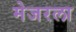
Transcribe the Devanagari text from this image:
मेजरला